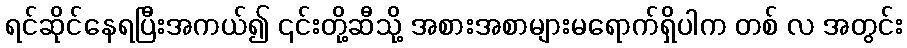
ရင်ဆိုင်နေရပြီးအကယ်၍ ၎င်းတို့ဆီသို့ အစားအစာများမရောက်ရှိပါက တစ် လ အတွင်း